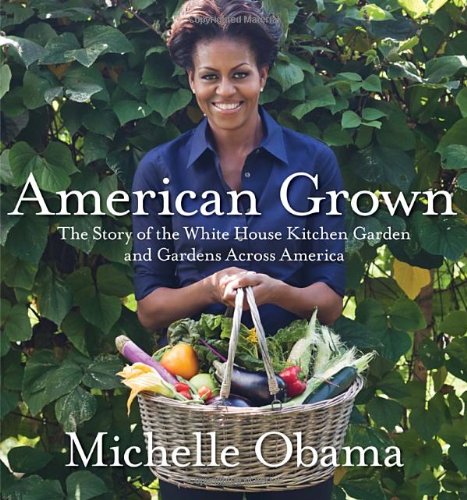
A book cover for American Grown: The Story of the White House Kitchen Garden and Gardens Across America; Michelle Obama; Crafts, Hobbies & Home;